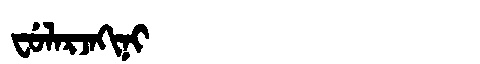
Manchu: ᠸᡠᠯᠠᡵᠵᠠᡴᡳᠨᡳ
Romanization: FULARJAKINI